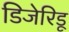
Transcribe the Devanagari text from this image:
डिजेरिडू